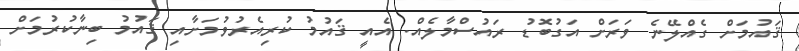
ޤައުމަށް ގެއްލޭނެ ވަރަށް އަގުބޮޑު ރައުސްމާލެއް. އެއީ ޤައުމު ކުރިއެރުވުމަށާއި ޤައުމު ބިނާކުރުމަށް